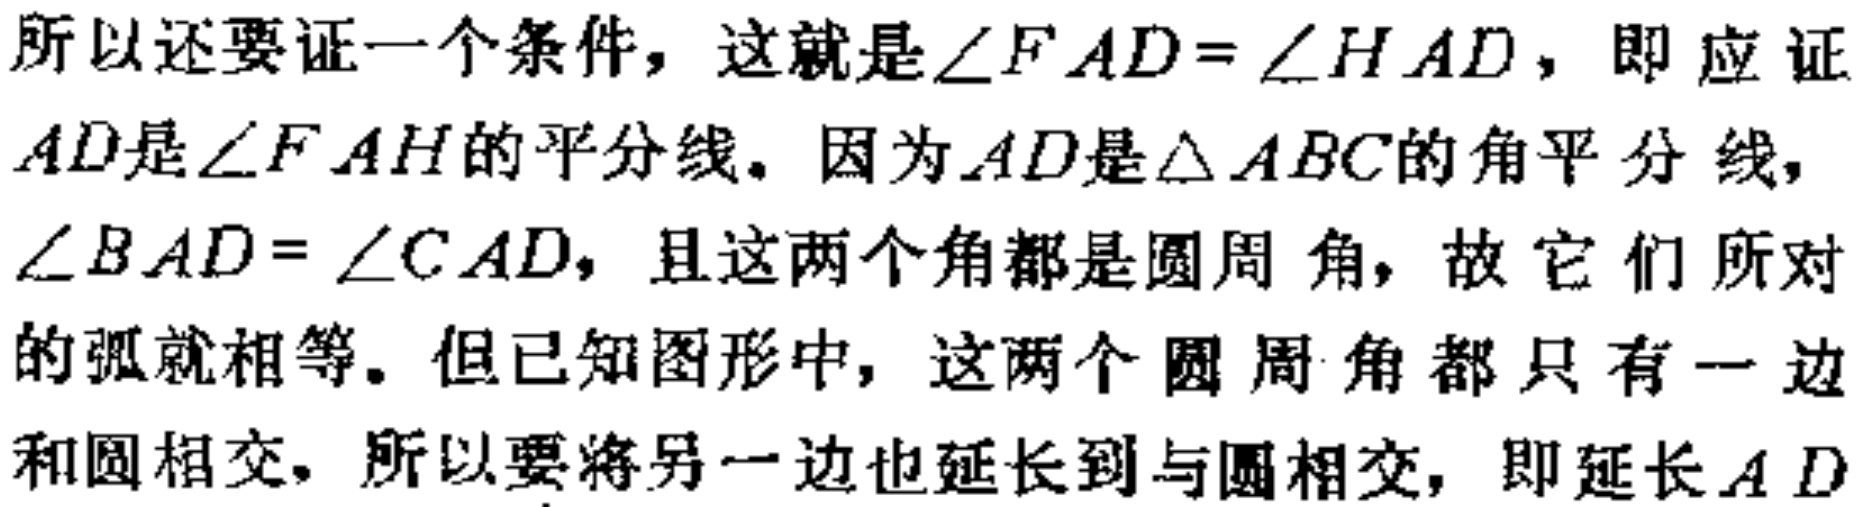
所以还要证一个条件，这就是$\angle FAD = \angle HAD$，即应证$AD$是$\angle FAH$的平分线。因为$AD$是$\triangle ABC$的角平分线，$\angle BAD = \angle CAD$，且这两个角都是圆周角，故它们所对的弧就相等。但已知图形中，这两个圆周角都只有一边和圆相交，所以要将另一边也延长到与圆相交，即延长$AD$